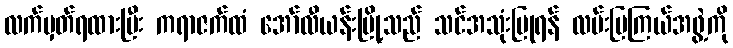
လက်မှတ်ရထားပြီး ကရာဇက်ထံ အော်လီယန်းမြို့သည် သင်အသုံးပြုရန် လမ်းပြကြယ်အဖွဲ့ကို